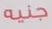
جنيه